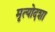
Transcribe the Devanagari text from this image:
मृत्योदशा